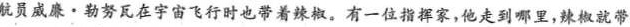
航员威廉·勒努瓦在宇宙飞行时也带着辣椒。有一位指挥家，他走到哪里，辣椒就带